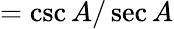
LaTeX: ={\csc A/\sec A}